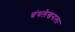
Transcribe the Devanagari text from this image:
ग्रंथलेखनाला